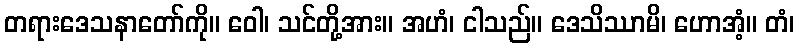
တရားဒေသနာတော်ကို။ ဝေါ၊ သင်တို့အား။ အဟံ၊ ငါသည်။ ဒေသိဿာမိ၊ ဟောအံ့။ တံ၊